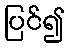
ပြင်၍